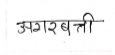
मजकूर: अगरबत्ती